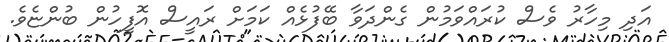
އަދި މިހާރު ވެސް ކުރައްވަމުން ގެންދަވާ ބޭފުޅެއް ކަމަށް ރައީސް އޮފީހުން ބުންޏެވެ.